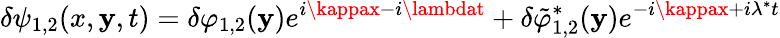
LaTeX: \delta\psi_{1,2}(x,\mathbf{y},t)=\delta\varphi_{1,2}(\mathbf{y})e^{i\kappax-i\lambdat}+\delta\tilde{{\varphi}}_{1,2}^{*}(\mathbf{y})e^{-i\kappax+i\lambda^{*}t}